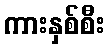
ကားနှစ်စီး